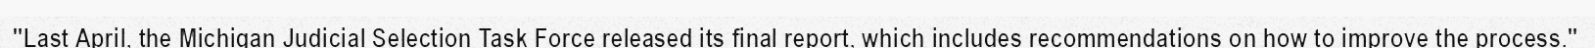
"Last April, the Michigan Judicial Selection Task Force released its final report, which includes recommendations on how to improve the process."